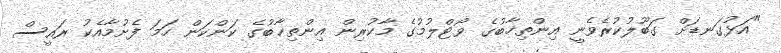
"އަޅުގަނޑަށް ގަބޫލުކުރެވެނީ އިންތިޚާބުގެ ވޯޓްލުމުގެ މާކުރިން އިންތިޚާބުގެ ކަންކަން ހަމަ ފެށުމާއެކު ރައީސް